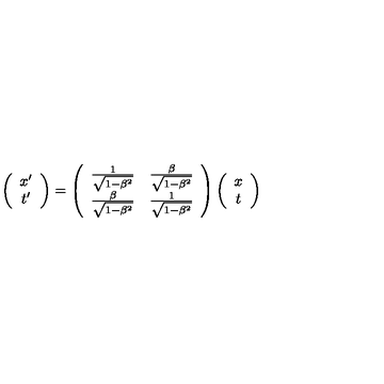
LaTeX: \left( \begin{array} { c } { x ^ { \prime } } \\ { t ^ { \prime } } \\ \end{array} \right) = \left( \begin{array} { c c } { \frac { 1 } { \sqrt { 1 - \beta ^ { 2 } } } } & { \frac { \beta } { \sqrt { 1 - \beta ^ { 2 } } } } \\ { \frac { \beta } { \sqrt { 1 - \beta ^ { 2 } } } } & { \frac { 1 } { \sqrt { 1 - \beta ^ { 2 } } } } \\ \end{array} \right) \left( \begin{array} { c } { x } \\ { t } \\ \end{array} \right)